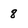
Character: 8